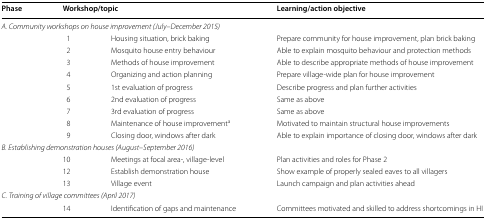
<table><thead><tr><td><b>Phase</b></td><td colspan="2"><b>Workshop/topic</b></td><td><b>Learning/action objective</b></td></tr></thead><tbody><tr><td colspan="4"><i>A. Community workshops on house improvement (July</i>–<i>December 2015)</i></td></tr><tr><td></td><td>1</td><td>Housing situation, brick baking</td><td>Prepare community for house improvement, plan brick baking</td></tr><tr><td></td><td>2</td><td>Mosquito house entry behaviour</td><td>Able to explain mosquito behaviour and protection methods</td></tr><tr><td></td><td>3</td><td>Methods of house improvement</td><td>Able to describe appropriate methods of house improvement</td></tr><tr><td></td><td>4</td><td>Organizing and action planning</td><td>Prepare village-wide plan for house improvement</td></tr><tr><td></td><td>5</td><td>1st evaluation of progress</td><td>Describe progress and plan further activities</td></tr><tr><td></td><td>6</td><td>2nd evaluation of progress</td><td>Same as above</td></tr><tr><td></td><td>7</td><td>3rd evaluation of progress</td><td>Same as above</td></tr><tr><td rowspan="2"></td><td>8</td><td>Maintenance of house improvement<sup>a</sup></td><td>Motivated to maintain structural house improvements</td></tr><tr><td>9</td><td>Closing door, windows after dark</td><td>Able to explain importance of closing door, windows after dark</td></tr><tr><td colspan="4"><i>B. Establishing demonstration houses (August</i>–<i>September 2016)</i></td></tr><tr><td></td><td>10</td><td>Meetings at focal area-, village-level</td><td>Plan activities and roles for Phase 2</td></tr><tr><td></td><td>12</td><td>Establish demonstration house</td><td>Show example of properly sealed eaves to all villagers</td></tr><tr><td></td><td>13</td><td>Village event</td><td>Launch campaign and plan activities ahead</td></tr><tr><td colspan="4"><i>C. Training of village committees (April 2017)</i></td></tr><tr><td></td><td>14</td><td>Identification of gaps and maintenance</td><td>Committees motivated and skilled to address shortcomings in HI</td></tr></tbody></table>